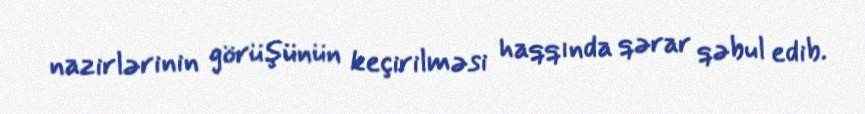
nazirlərinin görüşünün keçirilməsi haqqında qərar qəbul edib.